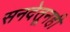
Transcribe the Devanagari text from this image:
सनदेतूनही